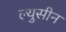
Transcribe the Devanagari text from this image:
ल्युसीन